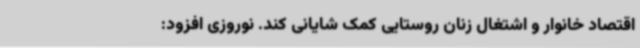
اقتصاد خانوار و اشتغال زنان روستایی کمک شایانی کند. نوروزی افزود: